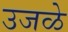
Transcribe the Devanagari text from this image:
उजळे